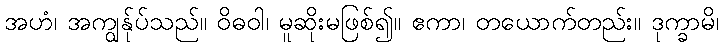
အဟံ၊ အကျွန်ုပ်သည်။ ဝိဓဝါ၊ မူဆိုးမဖြစ်၍။ ဧကာ၊ တယောက်တည်း။ ဒုက္ခာမိ၊